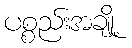
ပစ္စည်းအချို့